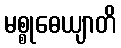
မစ္စုဓေယျာတိ